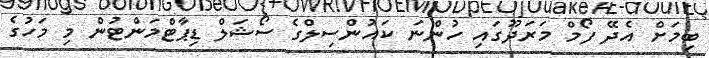
ބިމަށް އެދޭ ފޯމް މަރަދޫގައި ހުންނަ ކައުންސިލްގެ ސޯޝަލް ޑިޕާޓްމަންޓުން މި މަހުގެ